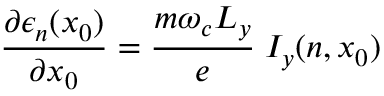
\frac { \partial \epsilon _ { n } ( x _ { 0 } ) } { \partial x _ { 0 } } = \frac { m \omega _ { c } L _ { y } } { e } \; I _ { y } ( n , x _ { 0 } )